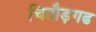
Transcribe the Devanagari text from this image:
चितौड़गढ